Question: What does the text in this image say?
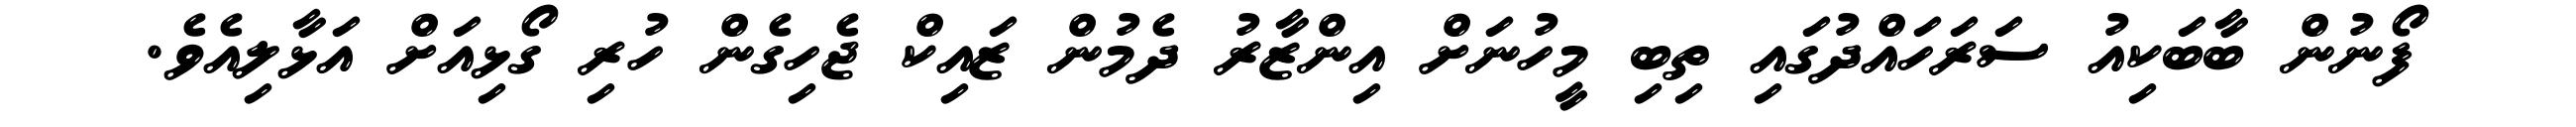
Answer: ފޯނުން ބާބަކިއު ސަރަހައްދުގައި ތިބި މީހުނަށް އިންޒާރު ދެމުން ޒައިކް ޖެހިގެން ހުރި ގޯޅިއަށް އަޅާލިއެވެ.